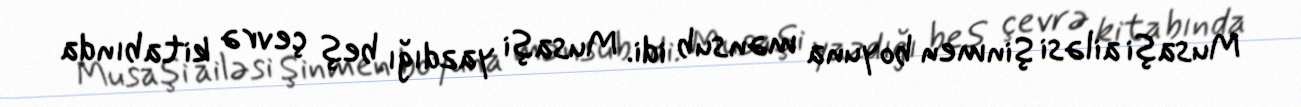
Musaşi ailəsi Şinmen boyuna mənsub idi. Musaşi yazdığı beş çevrə kitabında